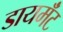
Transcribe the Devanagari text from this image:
डायमॅंट